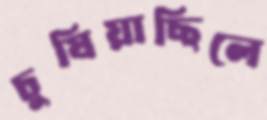
চুষিয়াছিলে